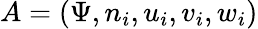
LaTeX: A=(\Psi,n_{i},u_{i},v_{i},w_{i})